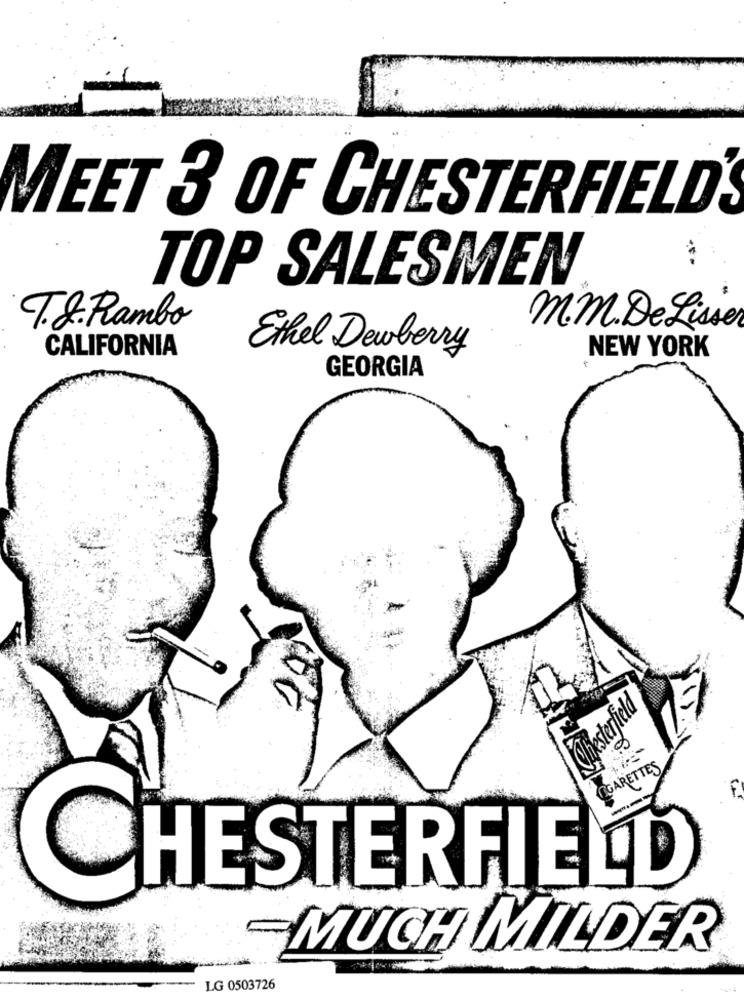
MEET 3 OF CHESTERFIELD
TOP SALESMEN
T.J. Rambo
mm. De Lisser
CALIFORNIA
Ethel Dewberry
NEW YORK
GEORGIA
KOmesterfield
CIGARETTES
CHESTERFIELD
MUCH MILDER
LG 0503726